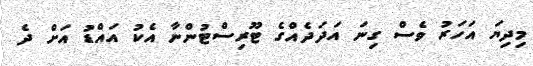
މިދިޔަ އަހަރު ވެސް ގިނަ އަދަދެއްގެ ޓޫރިސްޓުންނާ އެކު އައްޑު އަށް ދެ